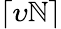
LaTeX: \lceil\upsilon\mathbb{N}\rceil